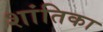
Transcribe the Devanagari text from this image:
शांतिका